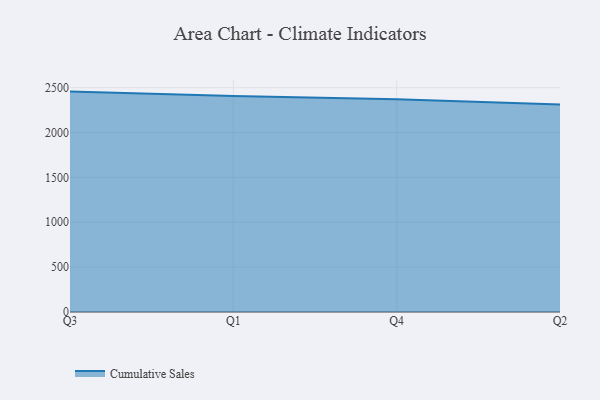
{"axis": {"x": "Quarter", "y": "Gross Profit (USD K)"}, "legend": ["Cumulative Sales"], "data": [{"x": "Q3", "y": 2456.2, "type": "Cumulative Sales"}, {"x": "Q1", "y": 2408.1, "type": "Cumulative Sales"}, {"x": "Q4", "y": 2371.3, "type": "Cumulative Sales"}, {"x": "Q2", "y": 2313.0, "type": "Cumulative Sales"}]}